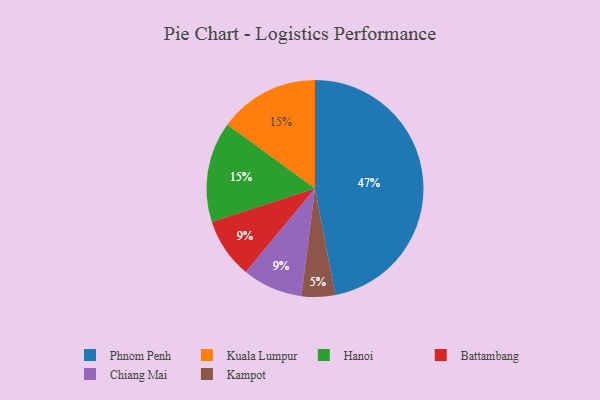
{"axis": {"x": "Category", "y": "Percentage"}, "legend": ["Battambang", "Chiang Mai", "Hanoi", "Kampot", "Kuala Lumpur", "Phnom Penh"], "data": [{"x": "Battambang", "y": 9, "type": "Battambang"}, {"x": "Kuala Lumpur", "y": 15, "type": "Kuala Lumpur"}, {"x": "Hanoi", "y": 15, "type": "Hanoi"}, {"x": "Phnom Penh", "y": 47, "type": "Phnom Penh"}, {"x": "Kampot", "y": 5, "type": "Kampot"}, {"x": "Chiang Mai", "y": 9, "type": "Chiang Mai"}]}